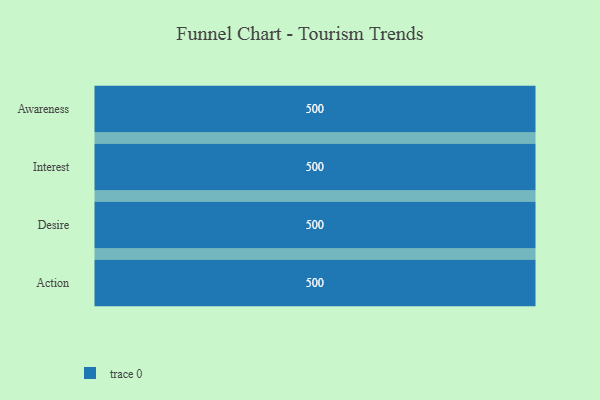
{"axis": {"x": "Stage", "y": "Value"}, "legend": [""], "data": [{"x": "Awareness", "y": 500, "type": ""}, {"x": "Interest", "y": 500, "type": ""}, {"x": "Desire", "y": 500, "type": ""}, {"x": "Action", "y": 500, "type": ""}]}